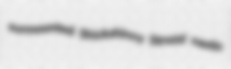
surmounted Shickshinny Strozzi nastic